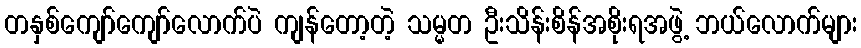
တနှစ်ကျော်ကျော်လောက်ပဲ ကျန်တော့တဲ့ သမ္မတ ဦးသိန်းစိန်အစိုးရအဖွဲ့ ဘယ်လောက်များ